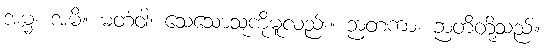
အမ္မ၊ အမိ။ မတံဝါ၊ သေသောသူကိုမူလည်း။ ဉာတကာ၊ ဉာတိတို့သည်။